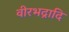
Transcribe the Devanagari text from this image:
वीरभद्रादि